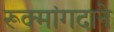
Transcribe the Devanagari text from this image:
रूक्मांगदाने